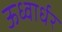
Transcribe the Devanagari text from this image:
ऊध्वार्धर